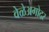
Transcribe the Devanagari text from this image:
वेळेअगोदर